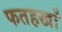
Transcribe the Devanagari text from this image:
फतहखाँ